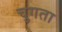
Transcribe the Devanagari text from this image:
चुगता